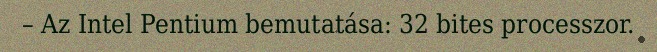
– Az Intel Pentium bemutatása: 32 bites processzor.